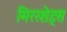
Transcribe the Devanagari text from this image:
मिररशेड्स